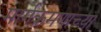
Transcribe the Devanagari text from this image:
मार्गक्रमणाच्या